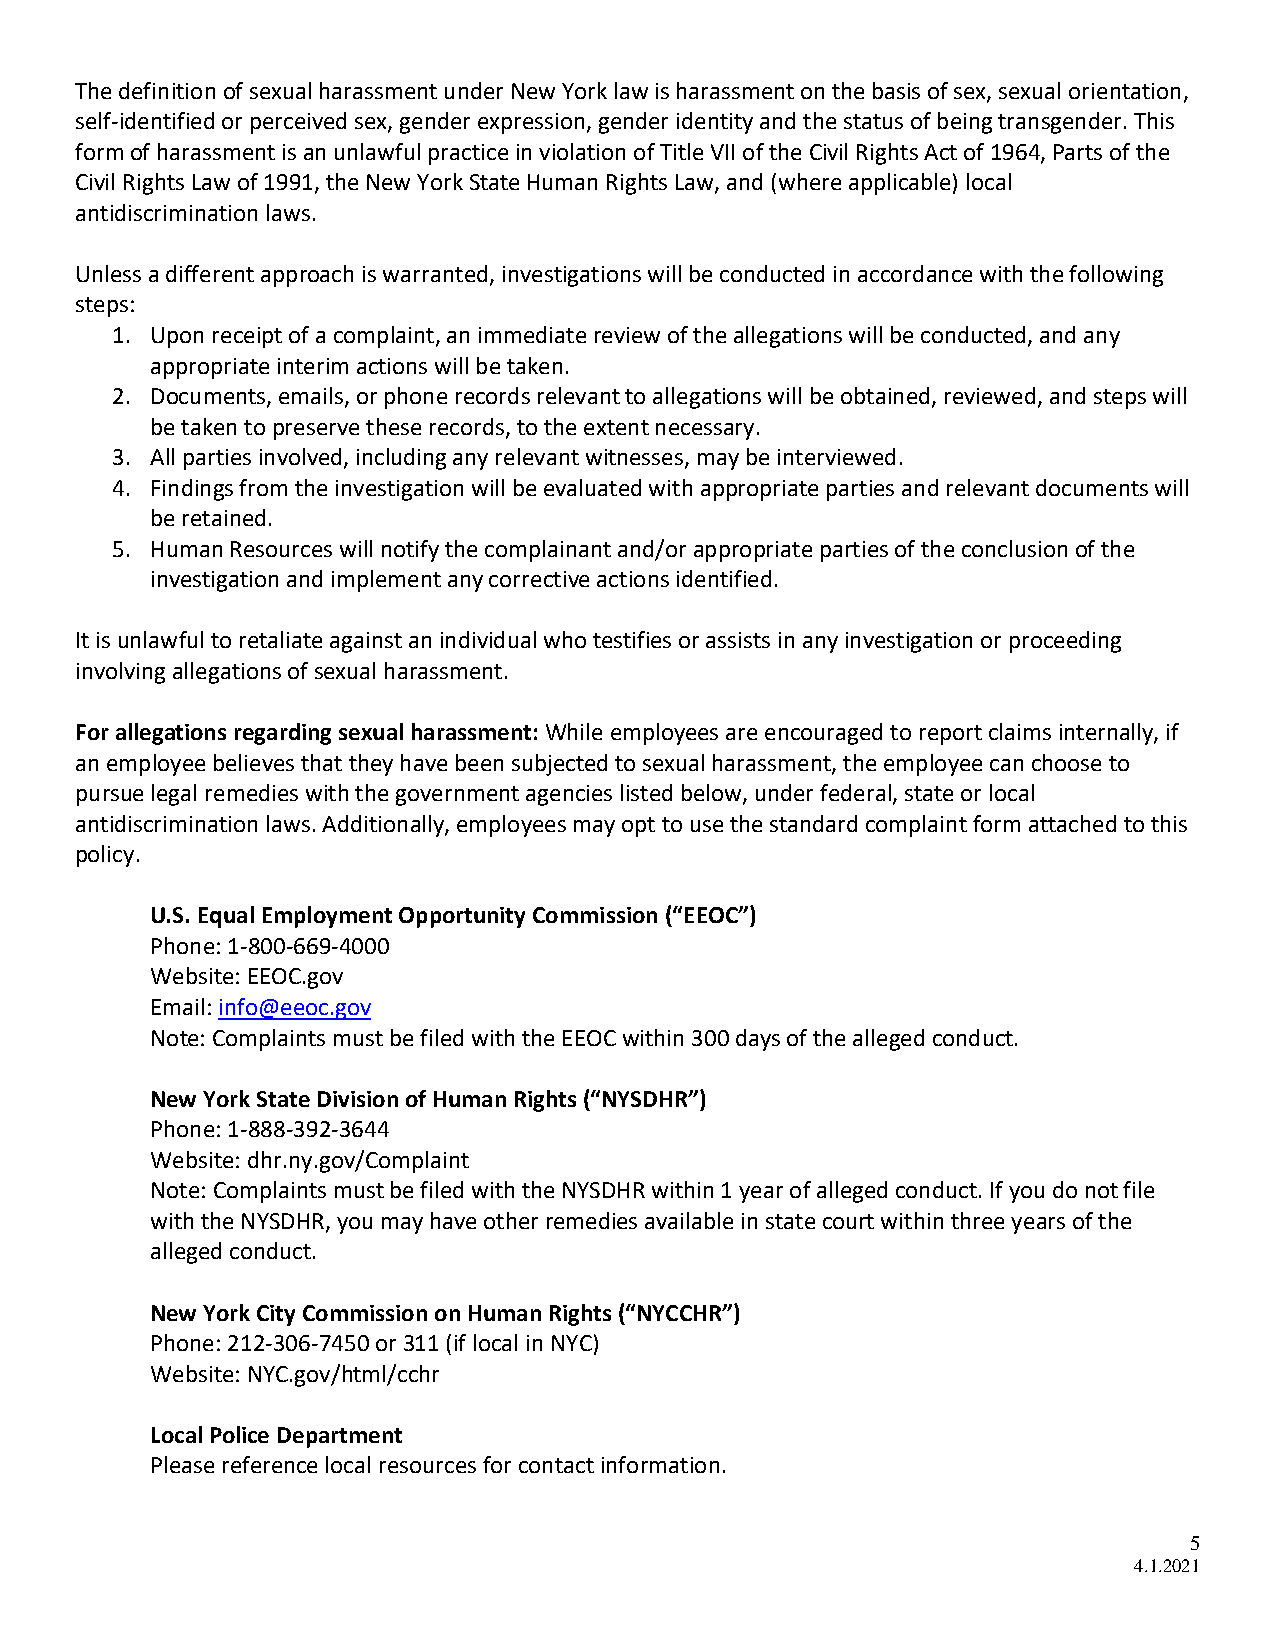
The definition of sexual harassment under New York law is harassment on the basis of sex, sexual orientation,
 self-identified or perceived sex, gender expression, gender identity and the status of being transgender. This
 form of harassment is an unlawful practice in violation of Title VII of the Civil Rights Act of 1964, Parts of the
 Civil Rights Law of 1991, the New York State Human Rights Law, and (where applicable) local
 antidiscrimination laws.
 Unless a different approach is warranted, investigations will be conducted in accordance with the following
 steps:
 1. Upon receipt of a complaint, an immediate review of the allegations will be conducted, and any
 appropriate interim actions will be taken.
 2. Documents, emails, or phone records relevant to allegations will be obtained, reviewed, and steps will
 be taken to preserve these records, to the extent necessary.
 3. All parties involved, including any relevant witnesses, may be interviewed.
 4. Findings from the investigation will be evaluated with appropriate parties and relevant documents will
 be retained.
 5. Human Resources will notify the complainant and/or appropriate parties of the conclusion of the
 investigation and implement any corrective actions identified.
 It is unlawful to retaliate against an individual who testifies or assists in any investigation or proceeding
 involving allegations of sexual harassment.
 For allegations regarding sexual harassment: While employees are encouraged to report claims internally, if
 an employee believes that they have been subjected to sexual harassment, the employee can choose to
 pursue legal remedies with the government agencies listed below, under federal, state or local
 antidiscrimination laws. Additionally, employees may opt to use the standard complaint form attached to this
 policy.
 U.S. Equal Employment Opportunity Commission (“EEOC”)
 Phone: 1-800-669-4000
 Website: EEOC.gov
 Email: info@eeoc.gov
 Note: Complaints must be filed with the EEOC within 300 days of the alleged conduct.
 New York State Division of Human Rights (“NYSDHR”)
 Phone: 1-888-392-3644
 Website: dhr.ny.gov/Complaint
 Note: Complaints must be filed with the NYSDHR within 1 year of alleged conduct. If you do not file
 with the NYSDHR, you may have other remedies available in state court within three years of the
 alleged conduct.
 New York City Commission on Human Rights (“NYCCHR”)
 Phone: 212-306-7450 or 311 (if local in NYC)
 Website: NYC.gov/html/cchr
 Local Police Department
 Please reference local resources for contact information.
 5
 4.1.2021